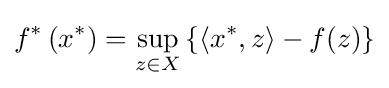
f^{*}\left(x^{*}\right)=\sup _{z\in X}\left\{\left\langle x^{*},z\right\rangle -f(z)\right\}